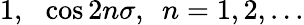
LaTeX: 1,~~\cos 2n\sigma,~~n=1,2,...